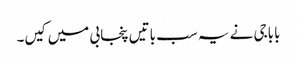
باباجی نے یہ سب باتیں پنجابی میں کیں۔